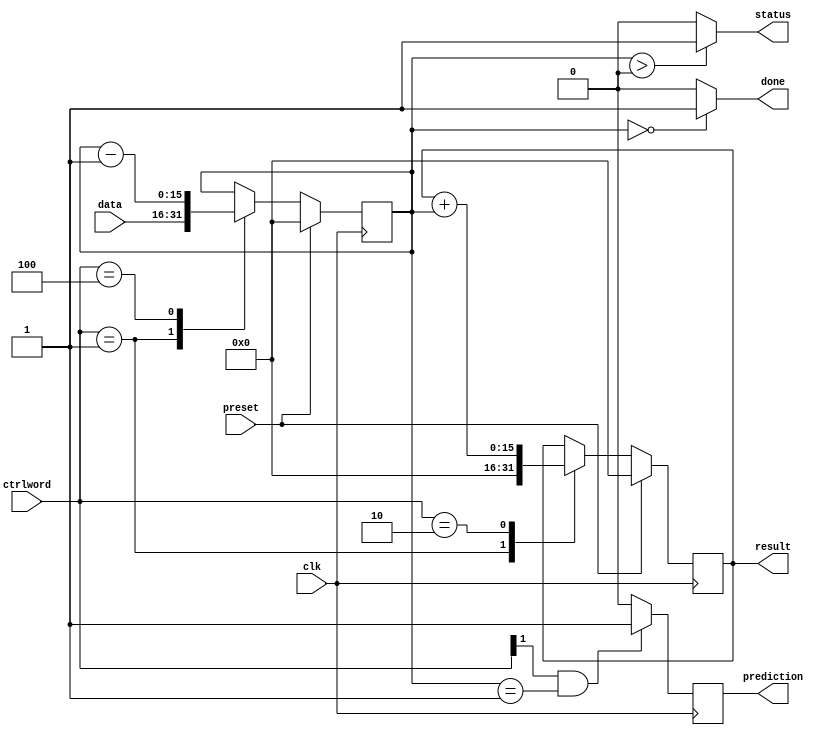
`ifndef GAUSS_UNIT_V
`define GAUSS_UNIT_V

//This functional unit computes n(n+1)/2 through sums. It's silly, isn't it?
//Sorry Gauss

module Gauss(
  ctrlword,     //Manages register n, and acum as well as the output
  data,         //Input value
  status,       //Indicates whether the functional unit is available or not
  result,       //n(n+1)/2
  prediction,   //Indicates the datapath is processing the last element
  done,         //Indicates the job is done
  preset,
  clk           //Clock signal
);

  //This parameter defines the width of the operand and the result
  parameter width = 16;

  input wire[2:0] ctrlword; //control bits are dec_n, load_acum, init
  input wire[width-1:0] data; //input value
  input wire preset, clk;
  output reg status, prediction;
  output wire done;
  output wire[width-1:0] result;

  //Internal register storing the value of the variables.
  reg[width-1:0] n, acum;

  //Here the behavior of register is described according to the control word.
  //The case corresponding to state three needs 'n' tri-state buffers, so it's
  //described in a generate block
  always @(posedge clk) begin
    if (preset) begin
      n <= 0;
      acum <= 0;
    end
    else
      case (ctrlword)
        3'b001:  begin
                    n <= data;
                    acum <= 0;
                  end
        3'b010: acum <= acum + n;
        3'b100: n <= n - 1;
      endcase
  end

  always @(posedge clk) begin
    if ((ctrlword[1]) && (n==1))
      prediction = 1;
    else
      prediction = 0;
  end

  //Here the combinational blocks of the Gauss are described. The actual
  //inputs modifying the output of this block are only registers i and n as well
  //as the most significant bit of the control word
  always @(n) begin
    if (n > 0)
      status = 1; //HIGH means the datapath is working
    else
      status = 0; //LOW means the datapath is available
  end

  assign result = acum;
  assign done = (n == 0) ? 1 : 0;

endmodule // Gauss

`endif